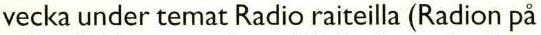
vecka under temat Radio raiteilla (Radion på